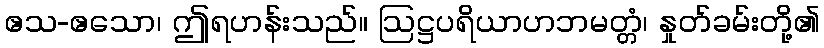
ဧသ-ဧသော၊ ဤရဟန်းသည်။ ဩဋ္ဌပရိယာဟဘမတ္တံ၊ နှုတ်ခမ်းတို့၏